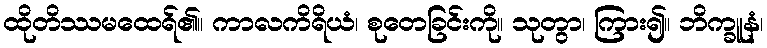
ထိုတိဿမထေရ်၏။ ကာလကိရိယံ၊ စုတေခြင်းကို။ သုတွာ၊ ကြား၍။ ဘိက္ခူနံ၊